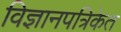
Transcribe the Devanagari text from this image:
विज्ञानपत्रिकेत